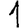
Digit: 1